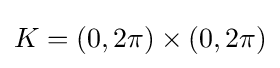
K=(0,2\pi )\times (0,2\pi )